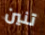
تنين